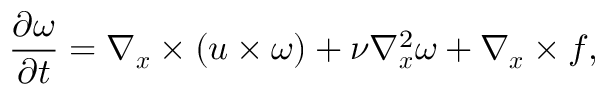
\frac { \partial \boldsymbol { \omega } } { \partial t } = \nabla _ { \boldsymbol { x } } \times ( \boldsymbol { u } \times \boldsymbol { \omega } ) + \nu \nabla _ { \boldsymbol { x } } ^ { 2 } \boldsymbol { \omega } + \nabla _ { \boldsymbol { x } } \times \boldsymbol { f } ,